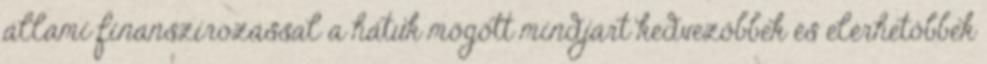
állami finanszírozással a hátuk mögött mindjárt kedvezőbbek és elérhetőbbek